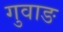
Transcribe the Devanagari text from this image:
गुवाङ